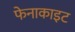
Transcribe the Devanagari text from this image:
फेनाकाइट